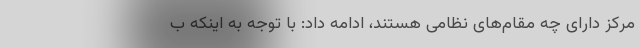
مرکز دارای چه مقام‌های نظامی هستند، ادامه داد: با توجه به اینکه ب